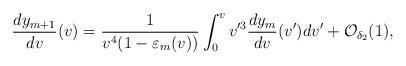
LaTeX: \begin{align*} \frac{dy_{m+1}}{dv}(v)=\frac{1}{v^4(1-\varepsilon_m(v))}\int_0^vv'^3\frac{dy_m}{dv}(v')dv'+\mathcal{O}_{\delta_2}(1),\end{align*}